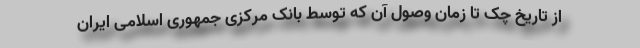
از تاریخ چک تا زمان وصول آن که توسط بانک مرکزی جمهوری اسلامی ایران